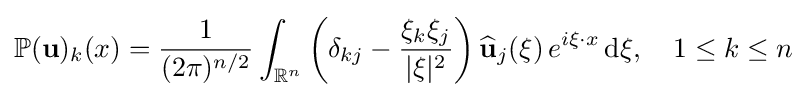
\mathbb {P} (\mathbf {u} )_{k}(x)={\frac {1}{(2\pi )^{n/2}}}\int _{\mathbb {R} ^{n}}\left(\delta _{kj}-{\frac {\xi _{k}\xi _{j}}{\vert \xi \vert ^{2}}}\right){\widehat {\mathbf {u} }}_{j}(\xi )\,e^{i\xi \cdot x}\,\mathrm {d} \xi ,\quad 1\leq k\leq n